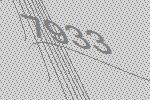
7933